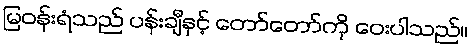
မြဝန်းရံသည် ပန်းချီနှင့် တော်တော်ကို ဝေးပါသည်။